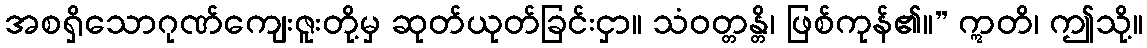
အစရှိသောဂုဏ်ကျေးဇူးတို့မှ ဆုတ်ယုတ်ခြင်းငှာ။ သံဝတ္တန္တိ၊ ဖြစ်ကုန်၏။” ဣတိ၊ ဤသို့။